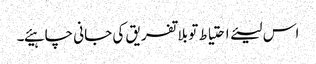
اس لیئے احتیاط تو بلا تفریق کی جانی چاہیئے۔